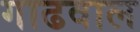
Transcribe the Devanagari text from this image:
गाढवाल